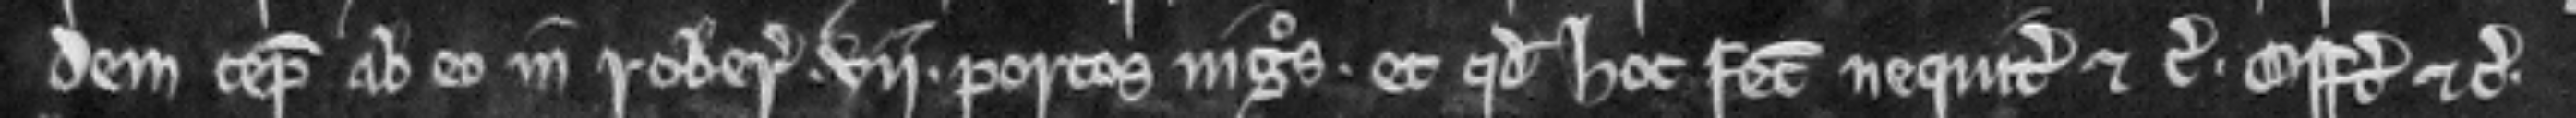
dem cepit ab eo in roberia vii porcos nigros. et quod hoc fecit nequiter etc. offert etc.